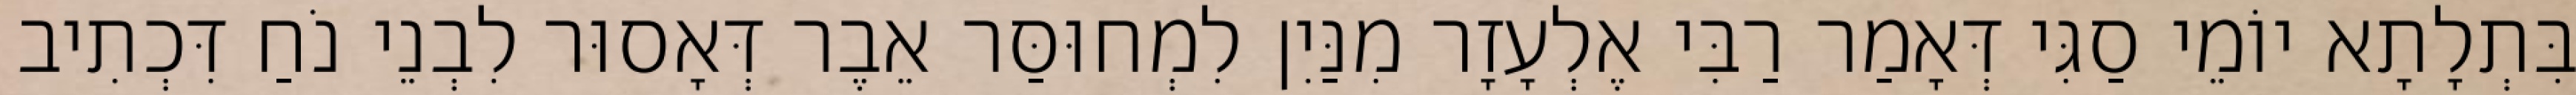
בִּתְלָתָא יוֹמֵי סַגִּי דְּאָמַר רַבִּי אֶלְעָזָר מִנַּיִן לִמְחוּסַּר אֵבֶר דְּאָסוּר לִבְנֵי נֹחַ דִּכְתִיב